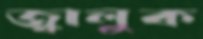
জ্বালুক